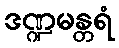
ဒဏ္ဍမန္တရံ